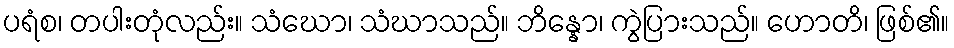
ပရံစ၊ တပါးတုံလည်း။ သံဃော၊ သံဃာသည်။ ဘိန္နော၊ ကွဲပြားသည်။ ဟောတိ၊ ဖြစ်၏။